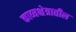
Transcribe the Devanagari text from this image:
काव्यक्षेत्रातील